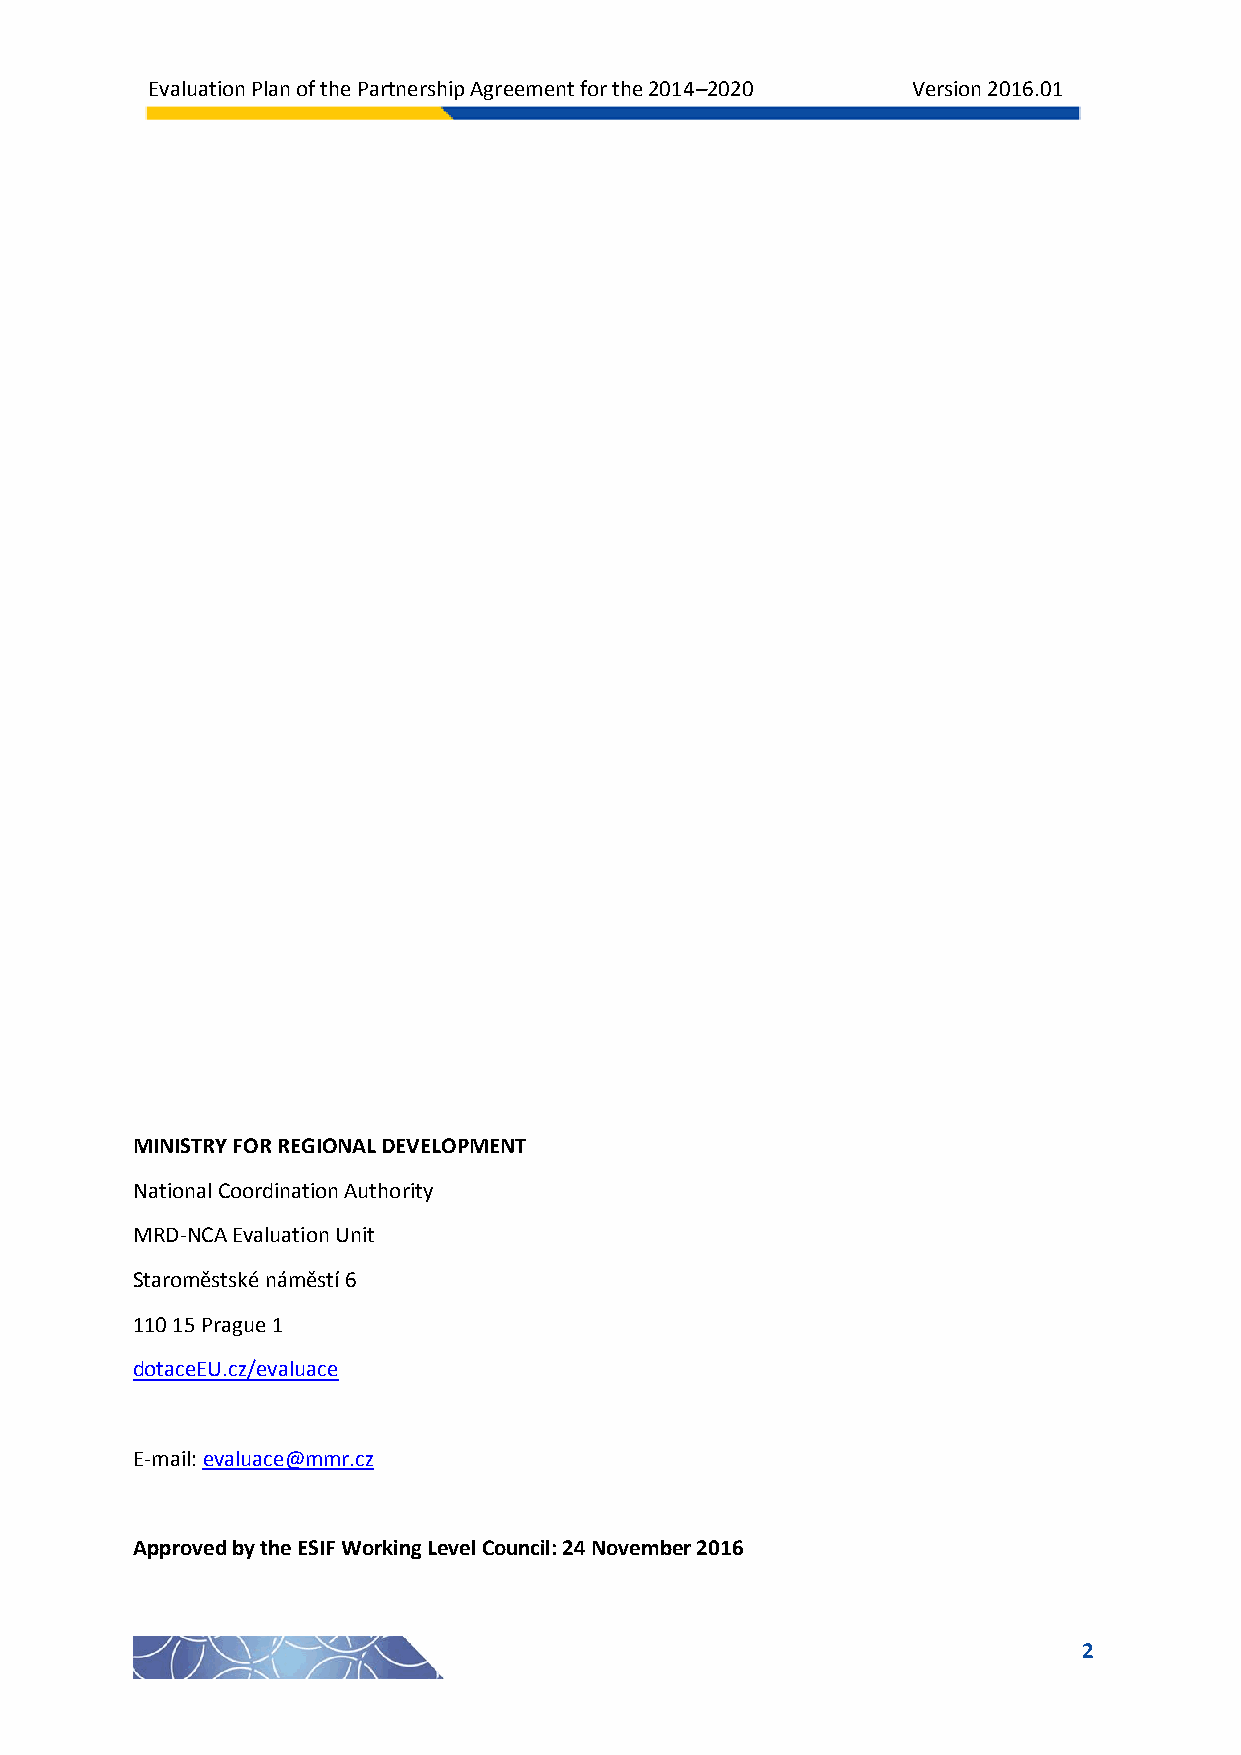
Evaluation Plan of the Partnership Agreement for the 2014–2020 Version 2016.01
 MINISTRY FOR REGIONAL DEVELOPMENT
 National Coordination Authority
 MRD-NCA Evaluation Unit
 Staroměstské náměstí 6
 110 15 Prague 1
 dotaceEU.cz/evaluace
 E-mail: evaluace@mmr.cz
 Approved by the ESIF Working Level Council: 24 November 2016
 2